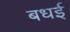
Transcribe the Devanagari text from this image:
बधई